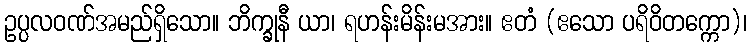
ဥပ္ပလဝဏ်အမည်ရှိသော။ ဘိက္ခုနီ ယာ၊ ရဟန်းမိန်းမအား။ ဧတံ (ဧသော ပရိဝိတက္ကော)၊